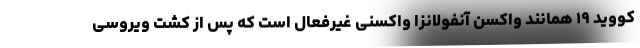
کووید ۱۹ همانند واکسن آنفولانزا واکسنی غیرفعال است که پس از کشت ویروسی